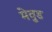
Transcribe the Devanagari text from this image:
मेवुड